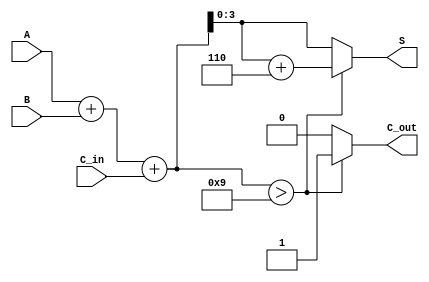
module BCD_Adder (
    input  [3:0] A,      // First BCD digit
    input  [3:0] B,      // Second BCD digit
    input        C_in,    // Carry-in
    output reg [3:0] S,   // BCD Sum output
    output reg C_out      // Carry-out
);

    wire [4:0] binary_sum; // 5 bits to accommodate possible carry
    wire correction_needed;

    // Step 1: Perform binary addition
    assign binary_sum = A + B + C_in;

    // Step 2: Determine if correction is needed
    assign correction_needed = (binary_sum > 9);

    // Step 3: Calculate outputs based on the binary sum
    always @(*) begin
        if (correction_needed) begin
            S = binary_sum + 4'b0110; // Add 6 to correct the BCD result
            C_out = 1;                 // Set carry-out
        end else begin
            S = binary_sum[3:0];       // Take the lower 4 bits as the result
            C_out = 0;                 // No carry-out
        end
    end

endmodule